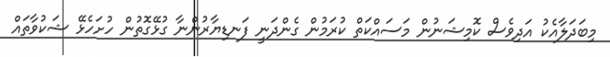
މިބަދަލާއެކު އަދިވެސް ކޮމިޝަނުން މަސައްކަތް ކުރަމުން ގެންދަނީ ފަނޑިޔާރުންނާ ގުޅޭގޮތުން ހުށަހެޅޭ ޝަކުވާތައް